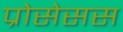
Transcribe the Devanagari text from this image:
प्रोसेसस